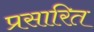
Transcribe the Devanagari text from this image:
प्रसारित